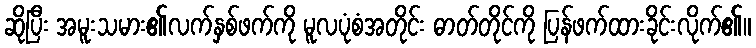
ဆိုပြီး အမူးသမား၏လက်နှစ်ဖက်ကို မူလပုံစံအတိုင်း ဓာတ်တိုင်ကို ပြန်ဖက်ထားခိုင်းလိုက်၏။